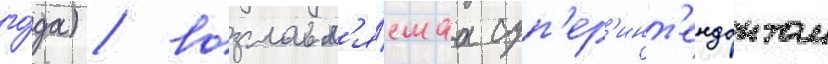
го́да) / возглавл'я́емаа суп'ер'инт'ендантом